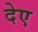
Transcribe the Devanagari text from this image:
देए